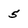
Character: 5